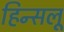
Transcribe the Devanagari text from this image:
हिन्सलू